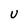
Character: U